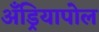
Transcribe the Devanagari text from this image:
अँड्रियापोल